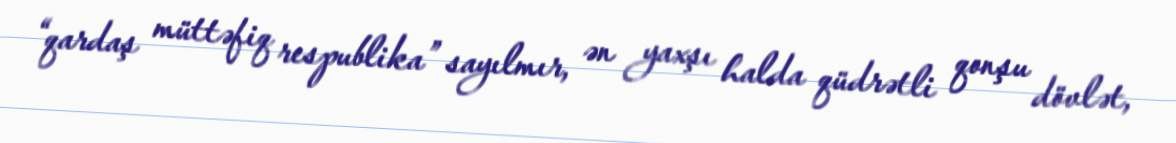
“qardaş müttəfiq respublika” sayılmır, ən yaxşı halda qüdrətli qonşu dövlət,